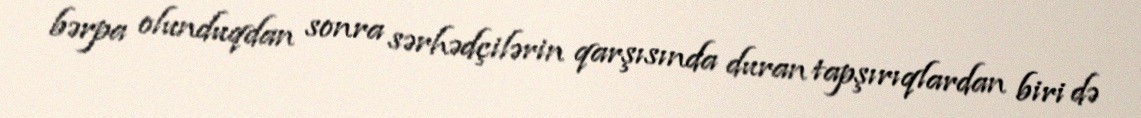
bərpa olunduqdan sonra sərhədçilərin qarşısında duran tapşırıqlardan biri də